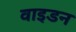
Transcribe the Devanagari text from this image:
वाइडन